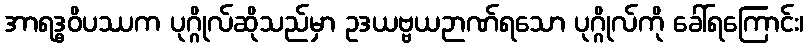
အာရဒ္ဓဝိပဿက ပုဂ္ဂိုလ်ဆိုသည်မှာ ဥဒယဗ္ဗယဉာဏ်ရသော ပုဂ္ဂိုလ်ကို ခေါ်ရကြောင်း၊